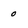
Character: 0